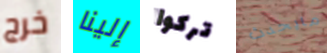
خرج إلينا تركوا مايحدث